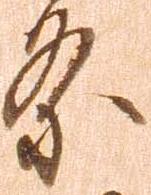
条